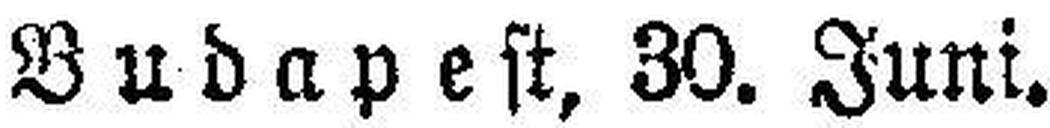
Budapest, 30. Juni.